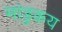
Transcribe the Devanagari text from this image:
मांडुकय